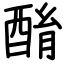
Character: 酳